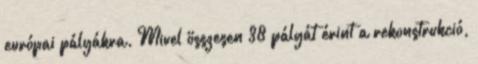
európai pályákra. Mivel összesen 38 pályát érint a rekonstrukció,